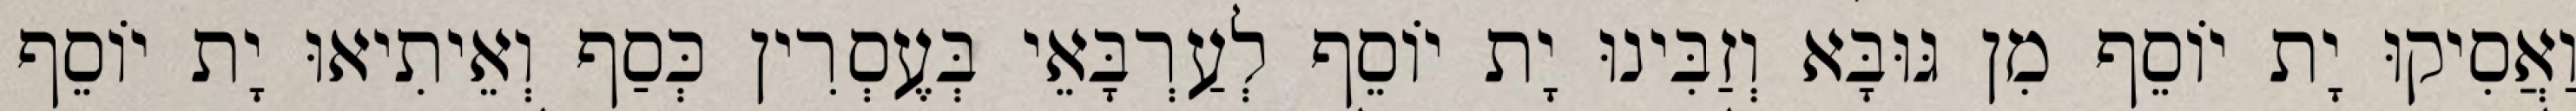
וַאֲסִיקוּ יָת יוֹסֵף מִן גּוּבָּא וְזַבִּינוּ יָת יוֹסֵף לְעַרְבָּאֵי בְּעֶסְרִין כְּסַף וְאֵיתִיאוּ יָת יוֹסֵף